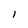
Character: l